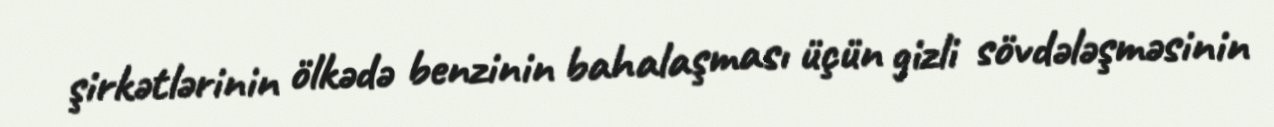
şirkətlərinin ölkədə benzinin bahalaşması üçün gizli sövdələşməsinin